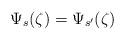
LaTeX: \begin{align*}\Psi_s(\zeta)=\Psi_{s^\prime}(\zeta)\end{align*}